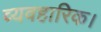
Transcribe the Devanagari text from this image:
व्यवहारिक।